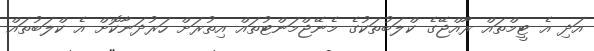
އަދި އެ ޓީމްތައް ރާއްޖޭގެ ކްލަބުތަކުގެ މެނޭޖްމަންޓުތައް އިތުރަށް ހަރުދަނާކޮށް އެ ކްލަބުތައް